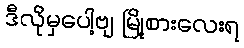
ဒီလိုမှပေါ့ဗျ မြို့စားလေးရ